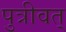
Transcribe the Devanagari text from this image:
पुत्रीवत्